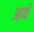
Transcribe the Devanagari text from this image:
आथे